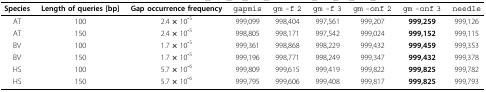
<table><thead><tr><td><b>Species</b></td><td><b>Length of queries [bp]</b></td><td><b>Gap occurrence frequency</b></td><td><b>gapmis</b></td><td><b>gm -f 2</b></td><td><b>gm -f 3</b></td><td><b>gm -onf 2</b></td><td><b>gm -onf 3</b></td><td><b>needle</b></td></tr></thead><tbody><tr><td>AT</td><td>100</td><td>2.4 <b>× </b>10<b><sup>-</sup></b><sup>5</sup></td><td>999,099</td><td>998,404</td><td>997,561</td><td>999,207</td><td><b>999,259</b></td><td>999,126</td></tr><tr><td>AT</td><td>150</td><td>2.4 <b>× </b>10<b><sup>-</sup></b><sup>5</sup></td><td>998,805</td><td>998,171</td><td>997,542</td><td>999,024</td><td><b>999,152</b></td><td>999,115</td></tr><tr><td>BV</td><td>100</td><td>1.7 <b>× </b>10<b><sup>-</sup></b><sup>5</sup></td><td>999,361</td><td>998,868</td><td>998,229</td><td>999,432</td><td><b>999,459</b></td><td>999,353</td></tr><tr><td>BV</td><td>150</td><td>1.7 <b>× </b>10<b><sup>-</sup></b><sup>5</sup></td><td>999,196</td><td>998,771</td><td>998,249</td><td>999,347</td><td><b>999,432</b></td><td>999,378</td></tr><tr><td>HS</td><td>100</td><td>5.7 <b>× </b>10<b><sup>-</sup></b><sup>6</sup></td><td>999,809</td><td>999,615</td><td>999,419</td><td>999,822</td><td><b>999,825</b></td><td>999,782</td></tr><tr><td>HS</td><td>150</td><td>5.7 <b>× </b>10<b><sup>-</sup></b><sup>6</sup></td><td>999,795</td><td>999,606</td><td>999,408</td><td>999,817</td><td><b>999,825</b></td><td>999,793</td></tr></tbody></table>